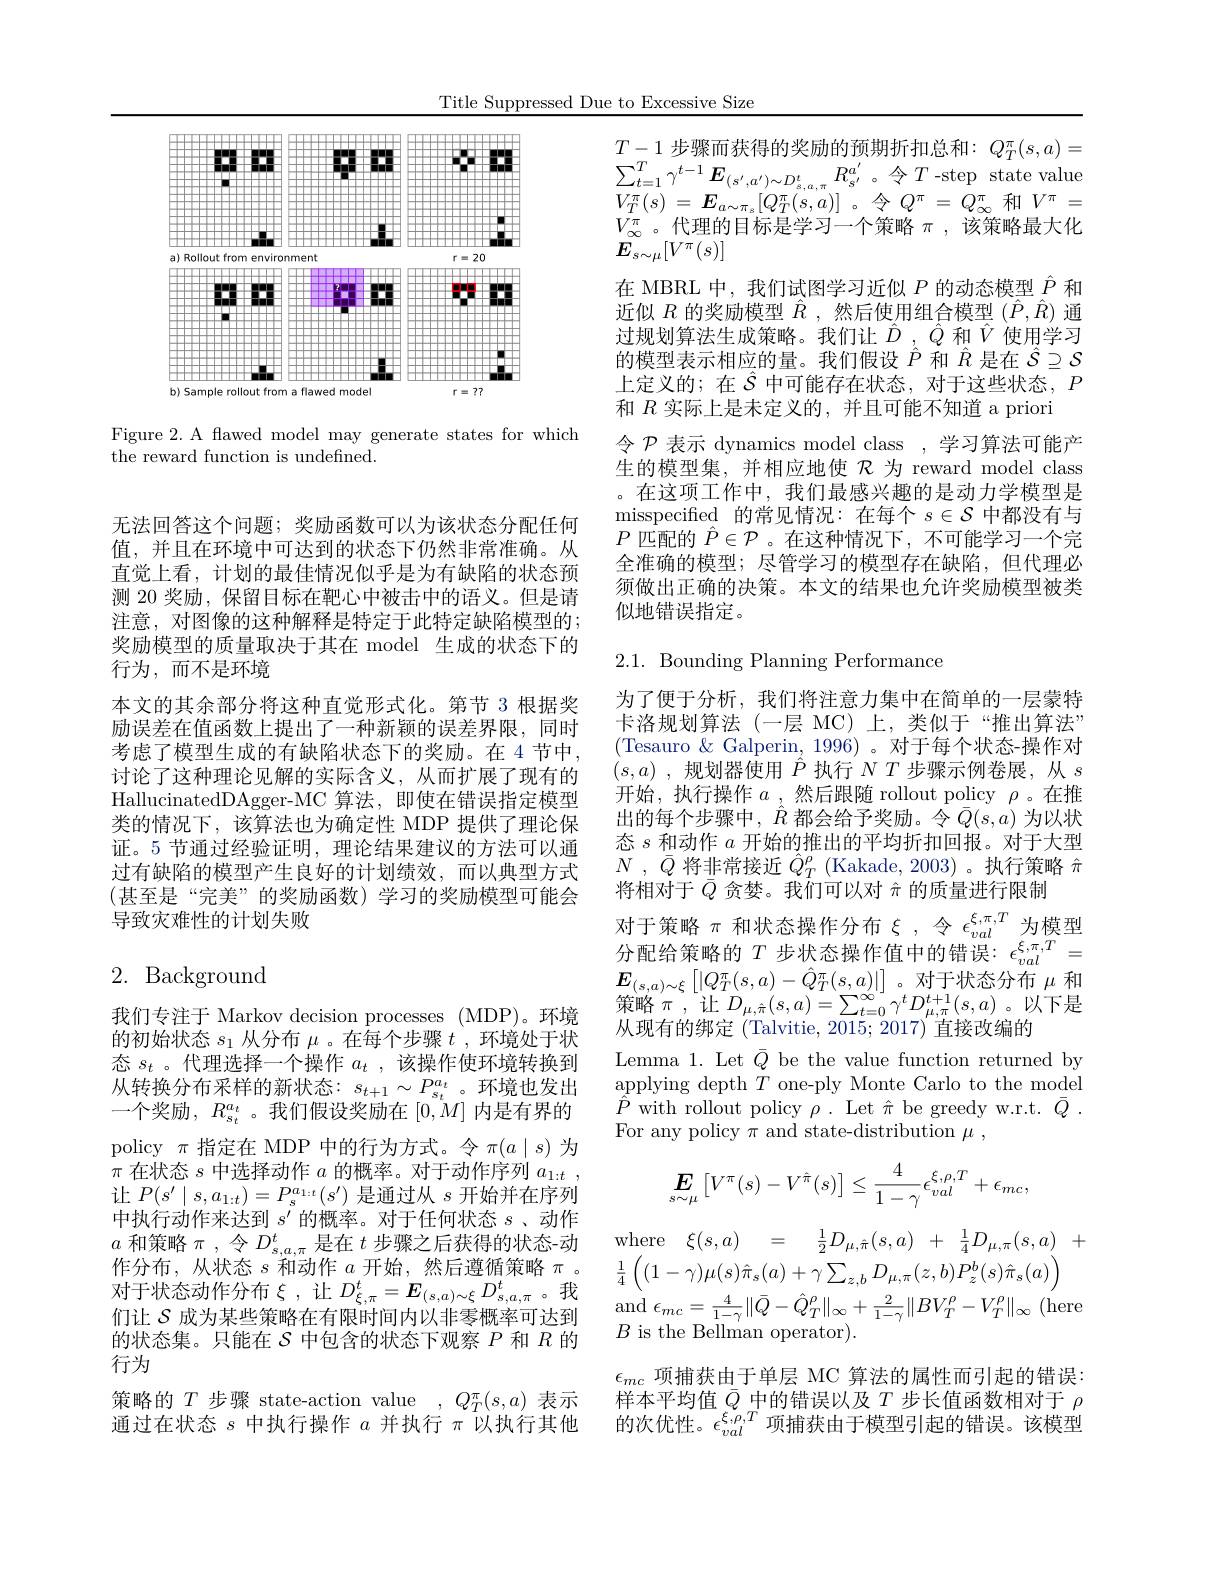
Title Suppressed Due to Excessive Size

<FigureHere>

Figure 2. A flawed model may generate states for which
the reward function is undefined.

无法回答这个问题；奖励函数可以为该状态分配任何值，并且在环境中可达到的状态下仍然非常准确。从直觉上看，计划的最佳情况似乎是为有缺陷的状态预测 20 奖励，保留目标在靶心中被击中的语义。但是请注意，对图像的这种解释是特定于此特定缺陷模型的； 奖励模型的质量取决于其在 model 生成的状态下的行为，而不是环境
本文的其余部分将这种直觉形式化。第节 3 根据奖励误差在值函数上提出了一种新颖的误差界限，同时考虑了模型生成的有缺陷状态下的奖励。在4节中， 讨论了这种理论见解的实际含义，从而扩展了现有的HallucinatedDAgger- MC算法，即使在错误指定模型类的情况下，该算法也为确定性 MDP 提供了理论保证。5 节通过经验证明，理论结果建议的方法可以通过有缺陷的模型产生良好的计划绩效，而以典型方式(甚至是“完美”的奖励函数)学习的奖励模型可能会导致灾难性的计划失败

# 2. Background

我们专注于 Markov decision processes (MDP)。环境的初始状态$s_1$从分布$\mu$。在每个步骤$t$ ,环境处于状态$s_t$ 。代理选择一个操作$a_t$ ,该操作使环境转换到从转换分布采样的新状态：$s_t+1\sim P_{s_t}^{a_t}$。环境也发出一个奖励$,R_{s_{t}}^{a_{t}}$。我们假设奖励在$[0,M]$ 内是有界的policy $\pi$指定在 MDP 中的行为方式。令$\pi(a\mid s)$为$\pi$在状态$s$中选择动作$a$的概率。对于动作序列$a_1:t$, 让$P(s^{\prime}\mid s,a_{1:t})=P_{s}^{a_{1:t}}(s^{\prime})$是通过从$s$开始并在序列中执行动作来达到$s^\prime$的概率。对于任何状态$s$、动作$a$和策略$\pi$ , 令$D_{s,a,\pi}^t$是在$t$步骤之后获得的状态-动作分布，从状态$s$和动作$a$开始，然后遵循策略$\pi$ 。对于状态动作分布$\xi$,让$D_\xi,\pi^t=\boldsymbol{E}_{(s,a)\sim\xi}D_{s,a,\pi}^t$。我们让$\mathcal{S}$成为某些策略在有限时间内以非零概率可达到的状态集。只能在$S$中包含的状态下观察$P$和$R$的行为
策略的$T$步骤 state-action value $,Q_T^\pi(s,a)$表示通过在状态$s$中执行操作$a$并执行$\pi$以执行其他

$T-1$步骤而获得的奖励的预期折扣总和：$Q_T^\pi(s,a)=$ $\sum_{t=1}^{T}\gamma^{t-1}\boldsymbol{E}_{(s^{\prime},a^{\prime})\sim D_{s,a,\pi}^{t}}R_{s^{\prime}}^{a^{\prime}}$。令$T$-step state value $V_{T}^{\pi }( s)$ = $\boldsymbol{E}_{a\sim \pi _{s}}[ Q_{T}^{\pi }( s, a) ]$ 。$令$ $Q^{\pi }$ = $Q_{\infty }^{\pi }$ 和$V^{\pi }$ = $V_{\infty}^{\pi}$。代理的目标是学习一个策略$\pi$,该策略最大化$E_{s\sim\mu}[V^{\pi}(s)]$
在 MBRL 中，我们试图学习近似$P$的动态模型$\hat{P}$和近似$R$的奖励模型$\hat{R}$ ,然后使用组合模型$(\hat{P},\hat{R})$通过规划算法生成策略。我们让$\hat{D},\hat{Q}$和$\hat{V}$使用学习的模型表示相应的量。我们假设$\hat{P}$和$\hat{R}$是在$\hat{S}\supseteq\mathcal{S}$ 上定义的；在$\hat{S}$ 中可能存在状态，对于这些状态，$\bar{P}$ 和$R$实际上是未定义的，并且可能不知道 a priori
令$\mathcal{P}$表示 dynamics model class , 学习算法可能产生的模型集，并相应地使$\mathcal{R}$为 reward model class 。在这项工作中，我们最感兴趣的是动力学模型是misspecified 的常见情况：在每个$s\in\mathcal{S}$中都没有与$P$匹配的$\hat{P}\in\mathcal{P}$ 。在这种情况下，不可能学习一个完全准确的模型；尽管学习的模型存在缺陷，但代理必须做出正确的决策。本文的结果也允许奖励模型被类似地错误指定。

2.1. Bounding Planning Performance

为了便于分析，我们将注意力集中在简单的一层蒙特卡洛规划算法(一层 MC)上，类似于“推出算法” (Tesauro $\&$ Galperin, 1996) 。对于每个状态-操作对$( s, a)$ ,规划器使用$\hat{P}$执行$NT$步骤示例卷展，从$s$ 开始，执行操作$a$ ,然后跟随 rollout policy $\rho$。在推出的每个步骤中，$\hat{\hat{R}}$都会给予奖励。令$\bar{Q}(s,a)$为以状态$s$和动作$a$开始的推出的平均折扣回报。对于大型$N$ , $\bar{Q}$ 将非常接近 $\hat{Q} _T^\rho$ (Kakade, 2003)。执行策略 $\hat{\pi}$ 将相对于$\bar{Q}$贪婪。我们可以对$\hat{\pi}$的质量进行限制
对于策略$\pi$和状态操作分布$\xi$,令$\epsilon_val^{\xi,\pi,T}$为模型分配给策略的$T$步状态操作值中的错误：$\epsilon_val^{\xi,\pi,T}=$ $E_{(s,a)\sim\xi}\left[|Q_{T}^{\pi}(s,a)-\hat{Q}_{T}^{\pi}(s,a)|\right]$。对于状态分布$\mu$ 和策略$\pi$,让$D_\mu,\hat{\pi}(s,a)=\sum_{t=0}^{\infty}\gamma^{t}D_{\mu,\pi}^{t+1}(s,a)$。以下是从现有的绑定 (Talvitie, 2015; 2017) 直接改编的
Lemma 1. Let $\bar{Q}$ be the value function returned by applying depth $T$ one-ply Monte Carlo to the model $\begin{array}{ll}{\hat{P}\mathrm{~with~rollout~policy~}\rho.~\mathrm{Let~}\hat{\pi}~\mathrm{be~greedy~w.r.t.~}\bar{Q}~.}\\{\bar{P}\mathrm{~with~rollout~policy~}\rho.~\mathrm{Let~}\hat{\pi}~\mathrm{be~greedy~w.r.t.~}\bar{Q}~.}\end{array}$ For any policy $\pi$ and state-distribution $\mu$,
$$\boldsymbol{E}_{s\sim\mu}\begin{bmatrix}V^{\pi}(s)-V^{\hat{\pi}}(s)\end{bmatrix}\leq\frac{4}{1-\gamma}\epsilon_{val}^{\xi,\rho,T}+\epsilon_{mc},$$
${\mathrm{where}}$ $\xi ( s, a)$ = $\frac 12D_{\mu , \hat{\pi } }( s, a)$ + $\frac 14D_{\mu , \pi }( s, a)$ +
$\frac{1}{4}\left((1-\gamma)\mu(s)\hat{\pi}_{s}(a)+\gamma\sum_{z,b}D_{\mu,\pi}(z,b)P_{z}^{b}(s)\hat{\pi}_{s}(a)\right)$
$B$ is the Bellman operator).
$\epsilon_{mc}$项捕获由于单层 MC 算法的属性而引起的错误： 样本平均值$\bar{Q}$中的错误以及$T$步长值函数相对于$\rho$ 的次优性。$\epsilon_{val}^{\xi,\rho,T}$项捕获由于模型引起的错误。该模型